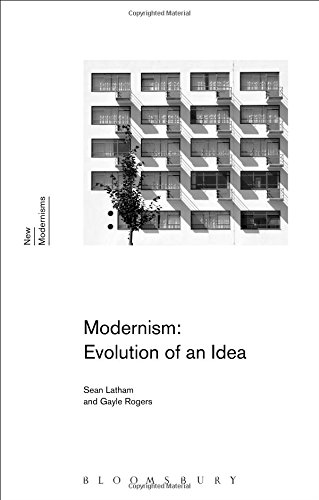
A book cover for Modernism: Evolution of an Idea (New Modernisms); Sean Latham; Literature & Fiction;